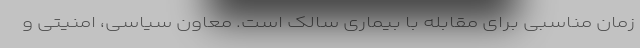
زمان مناسبی برای مقابله با بیماری سالک است. معاون سیاسی، امنیتی و